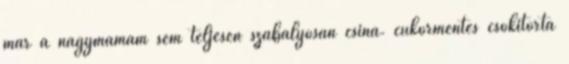
már a nagymamám sem teljesen szabályosan csiná. cukormentes csokitorta